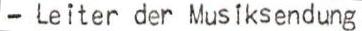
- Leiter der Musiksendung